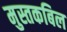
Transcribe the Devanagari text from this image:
मुस्तकबिल